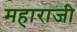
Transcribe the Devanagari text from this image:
महाराजी